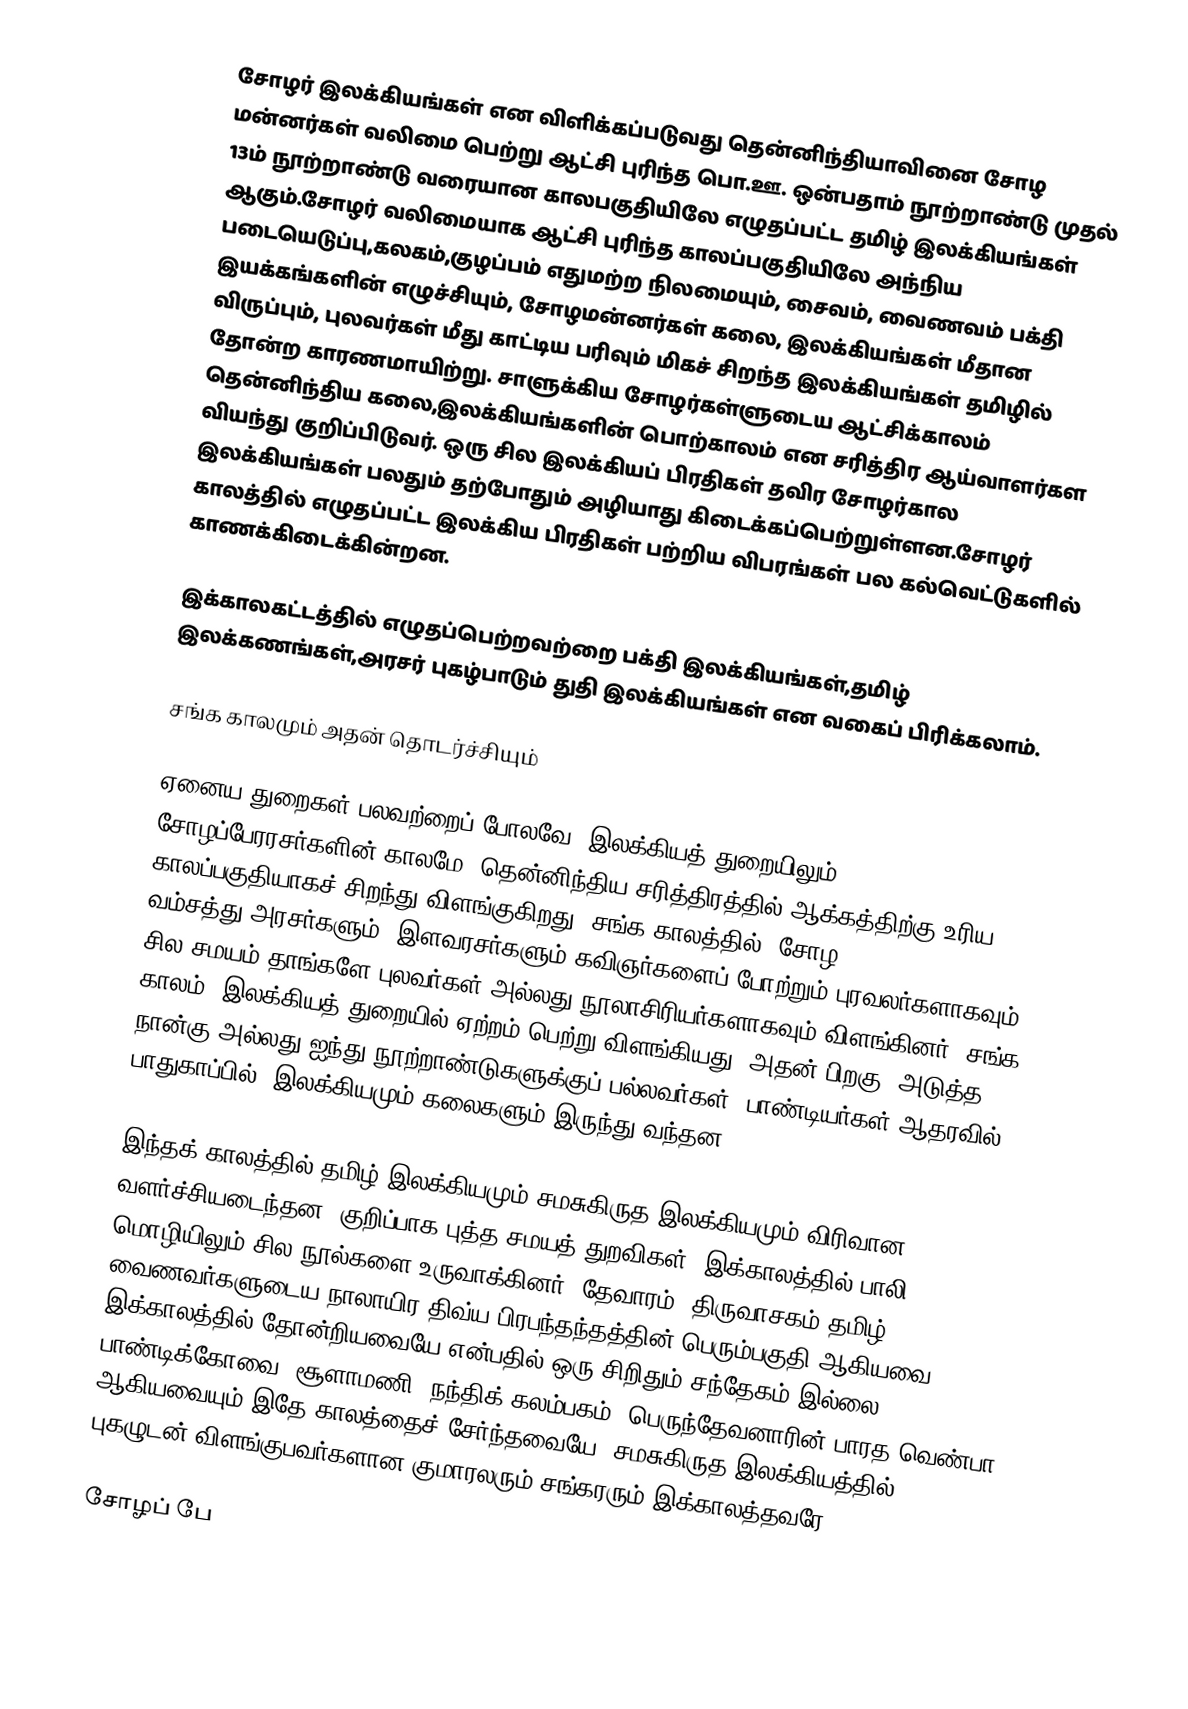
சோழர் இலக்கியங்கள் என விளிக்கப்படுவது தென்னிந்தியாவினை சோழ மன்னர்கள் வலிமை பெற்று ஆட்சி புரிந்த பொ.ஊ. ஒன்பதாம் நூற்றாண்டு முதல் 13ம் நூற்றாண்டு வரையான காலபகுதியிலே எழுதப்பட்ட தமிழ் இலக்கியங்கள் ஆகும்.சோழர் வலிமையாக ஆட்சி புரிந்த காலப்பகுதியிலே அந்நிய படையெடுப்பு,கலகம்,குழப்பம் எதுமற்ற நிலமையும், சைவம், வைணவம் பக்தி இயக்கங்களின் எழுச்சியும், சோழமன்னர்கள் கலை, இலக்கியங்கள் மீதான விருப்பும், புலவர்கள் மீது காட்டிய பரிவும் மிகச் சிறந்த இலக்கியங்கள் தமிழில் தோன்ற காரணமாயிற்று. சாளுக்கிய சோழர்கள்ளுடைய ஆட்சிக்காலம் தென்னிந்திய கலை,இலக்கியங்களின் பொற்காலம் என சரித்திர ஆய்வாளர்கள வியந்து குறிப்பிடுவர். ஒரு சில இலக்கியப் பிரதிகள் தவிர சோழர்கால இலக்கியங்கள் பலதும் தற்போதும் அழியாது கிடைக்கப்பெற்றுள்ளன.சோழர் காலத்தில் எழுதப்பட்ட இலக்கிய பிரதிகள் பற்றிய விபரங்கள் பல கல்வெட்டுகளில் காணக்கிடைக்கின்றன.

இக்காலகட்டத்தில் எழுதப்பெற்றவற்றை பக்தி இலக்கியங்கள்,தமிழ் இலக்கணங்கள்,அரசர் புகழ்பாடும் துதி இலக்கியங்கள் என வகைப் பிரிக்கலாம்.

சங்க காலமும் அதன் தொடர்ச்சியும்

ஏனைய துறைகள் பலவற்றைப் போலவே, இலக்கியத் துறையிலும் சோழப்பேரரசர்களின் காலமே, தென்னிந்திய சரித்திரத்தில் ஆக்கத்திற்கு உரிய காலப்பகுதியாகச் சிறந்து விளங்குகிறது. சங்க காலத்தில், சோழ வம்சத்து(அரசர்களும்) இளவரசர்களும் கவிஞர்களைப் போற்றும் புரவலர்களாகவும் சில சமயம் தாங்களே புலவர்கள் அல்லது நூலாசிரியர்களாகவும் விளங்கினர். சங்க காலம், இலக்கியத் துறையில் ஏற்றம் பெற்று விளங்கியது. அதன் பிறகு, அடுத்த நான்கு அல்லது ஐந்து நூற்றாண்டுகளுக்குப் பல்லவர்கள், பாண்டியர்கள் ஆதரவில், பாதுகாப்பில், இலக்கியமும் கலைகளும் இருந்து வந்தன.

இந்தக் காலத்தில் தமிழ் இலக்கியமும் சமசுகிருத இலக்கியமும் விரிவான வளர்ச்சியடைந்தன. குறிப்பாக புத்த சமயத் துறவிகள், இக்காலத்தில் பாலி மொழியிலும் சில நூல்களை உருவாக்கினர். தேவாரம், திருவாசகம் தமிழ் வைணவர்களுடைய நாலாயிர திவ்ய பிரபந்தந்தத்தின் பெரும்பகுதி ஆகியவை இக்காலத்தில் தோன்றியவையே என்பதில் ஒரு சிறிதும் சந்தேகம் இல்லை பாண்டிக்கோவை, சூளாமணி, நந்திக் கலம்பகம், பெருந்தேவனாரின் பாரத வெண்பா ஆகியவையும் இதே காலத்தைச் சேர்ந்தவையே. சமசுகிருத இலக்கியத்தில் புகழுடன் விளங்குபவர்களான குமாரலரும் சங்கரரும் இக்காலத்தவரே.

சோழப் பே